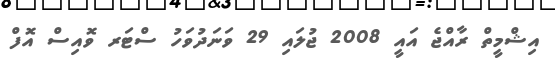
އިޝްމީތް ރާއްޖެ އައީ 2008 ޖުލައި 29 ވަނަދުވަހު ސްޓަރ ވޮއިސް އޮފް